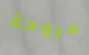
مروحة